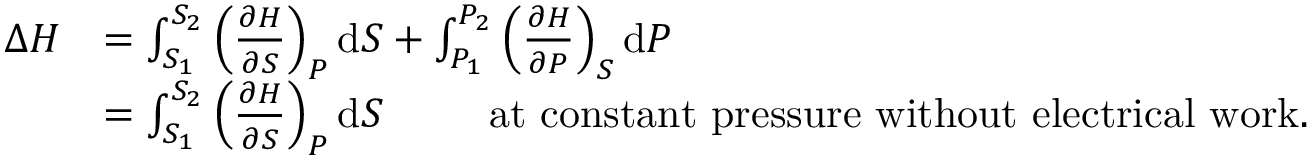
{ \begin{array} { r l } { \Delta H } & { = \int _ { S _ { 1 } } ^ { S _ { 2 } } \left( { \frac { \partial H } { \partial S } } \right) _ { P } \mathrm { d } S + \int _ { P _ { 1 } } ^ { P _ { 2 } } \left( { \frac { \partial H } { \partial P } } \right) _ { S } \mathrm { d } P } \\ & { = \int _ { S _ { 1 } } ^ { S _ { 2 } } \left( { \frac { \partial H } { \partial S } } \right) _ { P } \mathrm { d } S \, \, \, \, \, \, \, \, \, \, \, \, \, \, \, { \mathrm { a t ~ c o n s t a n t ~ p r e s s u r e ~ w i t h o u t ~ e l e c t r i c a l ~ w o r k . } } } \end{array} }